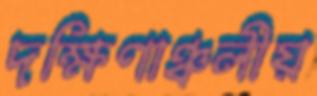
দক্ষিণাঞ্চলীয়